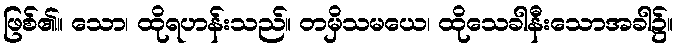
ဖြစ်၏။ သော၊ ထိုရဟန်းသည်။ တမှိသမယေ၊ ထိုသေခါနီးသောအခါ၌။